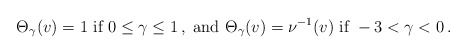
\begin{align*}\begin{aligned}\Theta_\gamma (v) = 1 \textrm{ if } 0 \leq \gamma \leq 1 \,, \textrm{ and } \Theta_\gamma (v) = \nu^{-1} (v) \textrm{ if } - 3 < \gamma < 0 \,.\end{aligned}\end{align*}